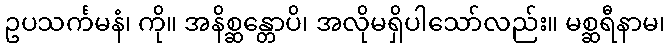
ဥပသင်္ကမနံ၊ ကို။ အနိစ္ဆန္တောပိ၊ အလိုမရှိပါသော်လည်း။ မစ္ဆရီနာမ၊